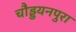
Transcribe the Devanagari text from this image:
चौड्डयनपुरा